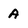
Character: A